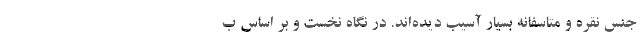
جنس نقره و متاسفانه بسیار آسیب دیده‌اند. در نگاه نخست و بر اساس ب